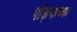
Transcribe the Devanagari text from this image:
पांड्याच्या